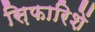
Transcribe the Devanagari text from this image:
स़िफारिशें